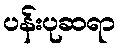
ပန်းပုဆရာ